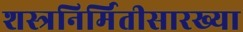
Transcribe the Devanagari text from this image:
शस्त्रनिर्मितीसारख्या